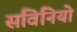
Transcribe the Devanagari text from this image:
सविनियो